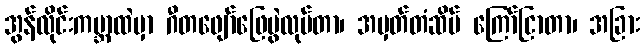
အွန်လိုင်းကမ္ဘာထဲမှာ ဂီတဖျော်ဖြေပွဲလုပ်တာ၊ အမှတ်တံဆိပ် ကြော်ငြာတာ၊ အခြား